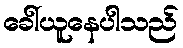
ခေါ်ယူနေပါသည်